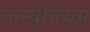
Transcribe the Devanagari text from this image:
कम्यूनिझम